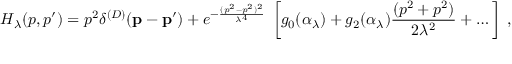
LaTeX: H _ { \lambda } ( p , p ^ { \prime } ) = p ^ { 2 } \delta ^ { ( D ) } ( { \bf p } - { \bf p ^ { \prime } } ) + e ^ { - \frac { ( p ^ { 2 } - p ^ { 2 } ) ^ { 2 } } { \lambda ^ { 4 } } } \; \left[ g _ { 0 } ( \alpha _ { \lambda } ) + g _ { 2 } ( \alpha _ { \lambda } ) \frac { ( p ^ { 2 } + p ^ { 2 } ) } { 2 \lambda ^ { 2 } } + \dots \right] \; ,